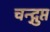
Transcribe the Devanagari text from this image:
चन्द्गुप्त